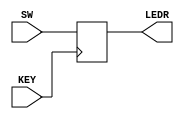

module flipflop(SW, KEY, LEDR);

    //Short description:
	/*
	input 1 bit and store it in the D-FF
	
	switch position is input and LED shows the output state

	the key is used as a clock
	*/

    // == Input and Output ==
	
	input [0:0] KEY; //acts as clock
	input [9:9] SW; //acts as input

	output [9:9]LEDR; //acts as output
	
    // == Net/Reg ==

	reg [9:9]LEDR;
	
    // == Logic ==
	
	always @(posedge KEY[0])
	begin
        LEDR[9] <= SW[9];
    end
endmodule